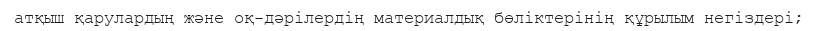
атқыш қарулардың және оқ-дәрілердің материалдық бөліктерінің құрылым негіздері;